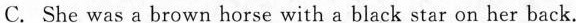
C.She was a brown horse with a black star on her back.